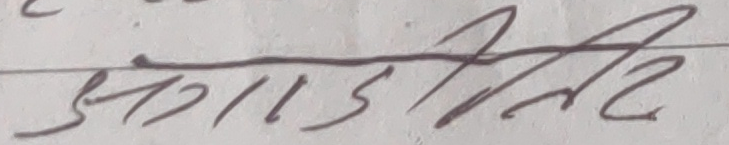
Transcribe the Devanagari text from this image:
अगाडि तिरे